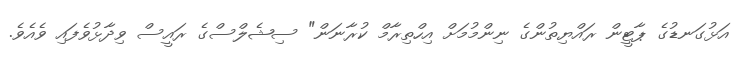
އަޅުގަނޑުގެ ޕާޓީން ރައްޔިތުންގެ ނިންމުމަށް އިހްތިރާމް ކުރާނަން" ސިޝެލްސްގެ ރައީސް ވިދާޅުވެފައި ވެއެވެ.